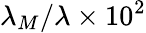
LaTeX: \lambda_{M}/\lambda\times 10^{2}